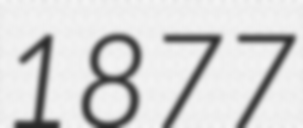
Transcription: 1877